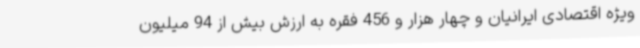
ویژه اقتصادی ایرانیان و چهار هزار و 456 فقره به ارزش بیش از 94 میلیون